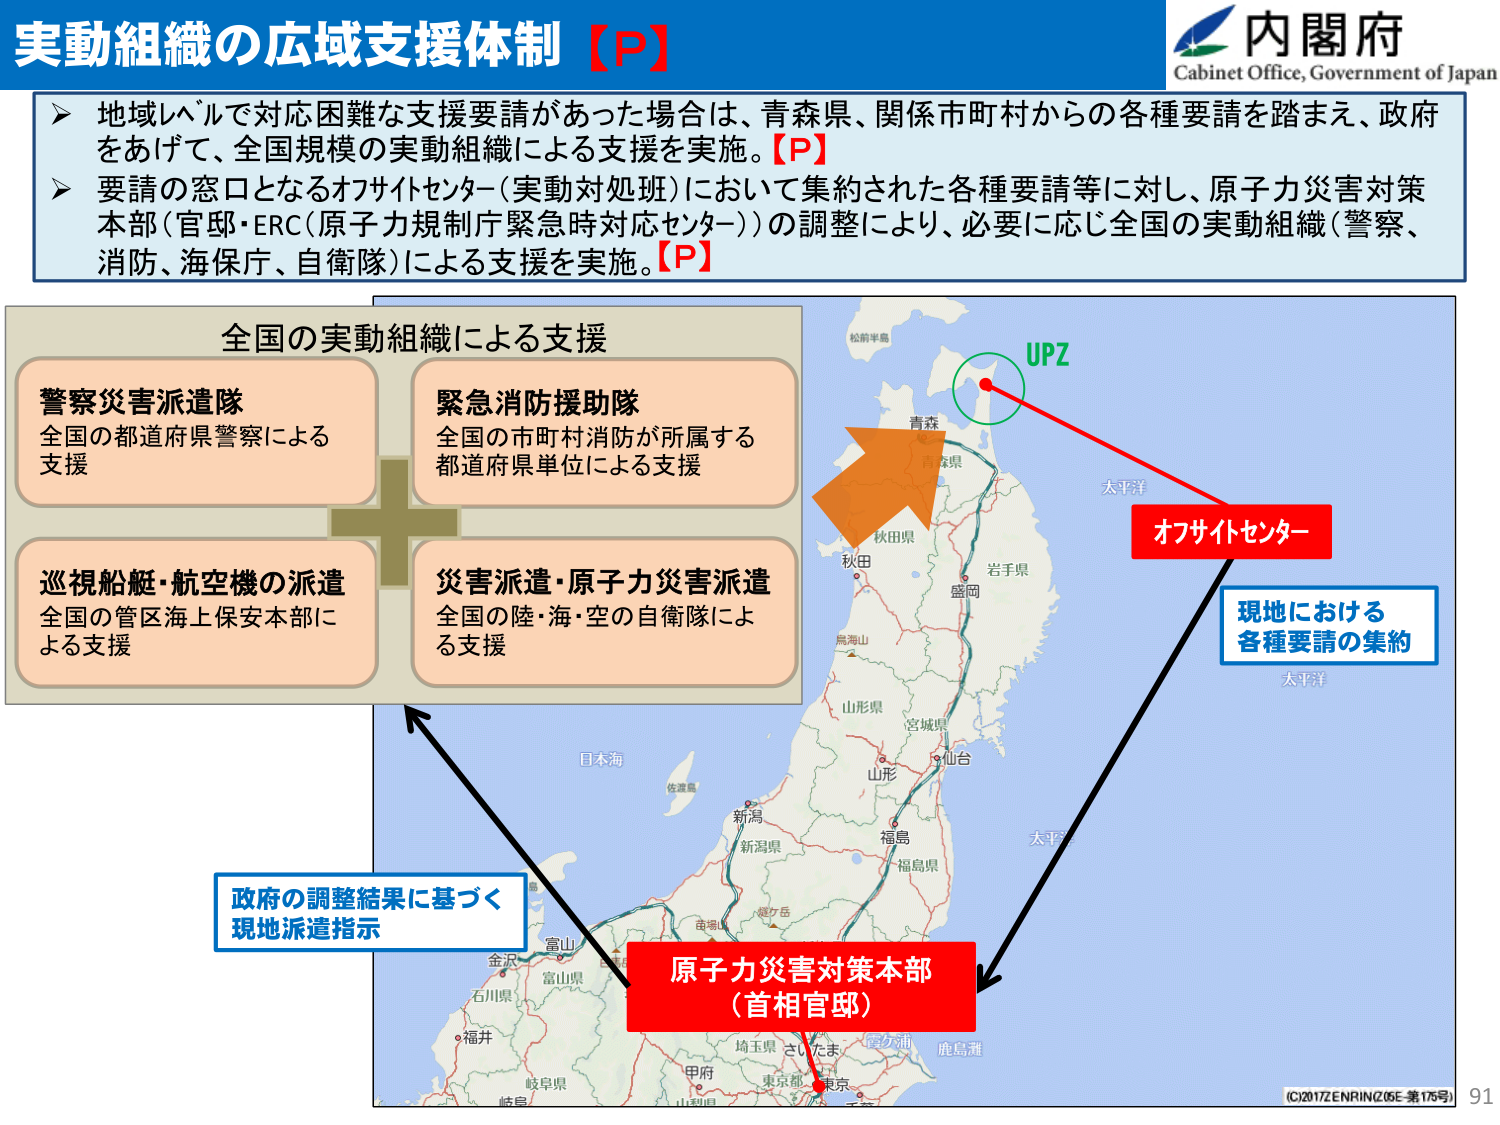
実動組織の広域支援体制【P】

▶ 地域レベルで対応困難な支援要請があった場合は、青森県、関係市町村からの各種要請を踏まえ、政府をあげて、全国規模の実動組織による支援を実施。【P】

▶ 要請の窓口となるオフサイトセンター（実動対処班）において集約された各種要請等に対し、原子力災害対策本部（官邸・ERC（原子力規制庁緊急時対応センター））の調整により、必要に応じ全国の実動組織（警察、消防、海保、自衛隊）による支援を実施。【P】

全国の実動組織による支援

警察災害派遣隊
全国の都道府県警察による支援

緊急消防援助隊
全国の市町村消防が所属する都道府県単位による支援

巡視船艇・航空機の派遣
全国の管区海上保安本部による支援

災害派遣・原子力災害派遣
全国の陸・海・空の自衛隊による支援

オフサイトセンター
現地における
各種要請の集約

原子力災害対策本部
（首相官邸）

政府の調整結果に基づく
現地派遣指示

内閣府
Cabinet Office, Government of Japan

UPZ

松前半島
青森
岩手県
盛岡
秋田県
秋田
鳥海山
山形県
宮城県
仙台
山形
福島
福島県
新潟
新潟県
日本海
佐渡島
金沢
富山
富山県
石川県
福井
岐阜県
岐阜
甲府
埼玉県
さいたま
東京都
東京
山梨県
鹿島灘
太平洋
太平洋

(C)2017ENRIN(205E-第175号)
91